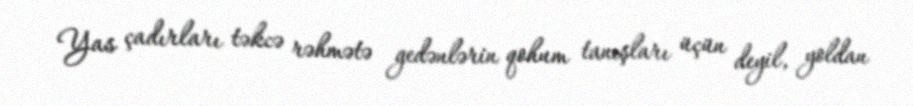
Yas çadırları təkcə rəhmətə gedənlərin qohum tanışları üçün deyil, yoldan